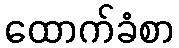
ထောက်ခံစာ